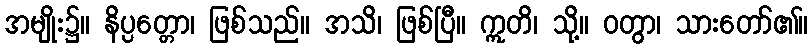
အမျိုး၌။ နိပ္ပတ္တော၊ ဖြစ်သည်။ အသိ၊ ဖြစ်ပြီ။ ဣတိ၊ သို့။ ဝတွာ၊ သားတော်၏။